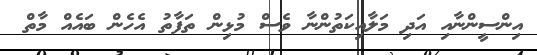
އިންސީންނާއި އަދި މަލާއިކަތުންނާ ވެސް މުޅިން ތަފާތު އެހެން ބައެއް މާތް